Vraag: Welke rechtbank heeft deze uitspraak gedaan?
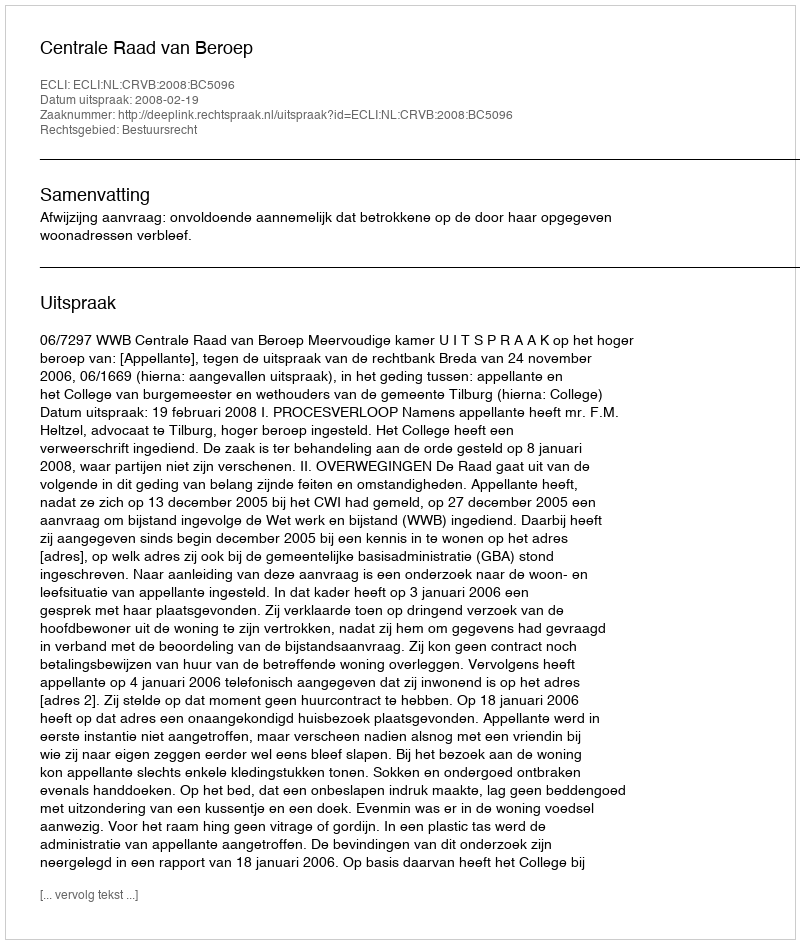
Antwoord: Centrale Raad van Beroep